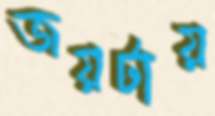
জয়টায়